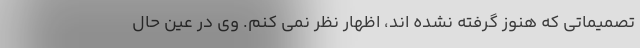
تصمیماتی که هنوز گرفته نشده اند، اظهار نظر نمی کنم. وی در عین حال